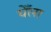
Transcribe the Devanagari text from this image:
येँला